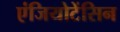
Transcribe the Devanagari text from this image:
एंजियोटेंसिन